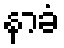
နာခံ